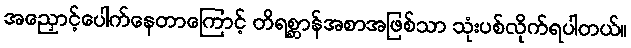
အညှောင့်ပေါက်နေတာကြောင့် တိရစ္ဆာန်အစာအဖြစ်သာ သုံးပစ်လိုက်ရပါတယ်။